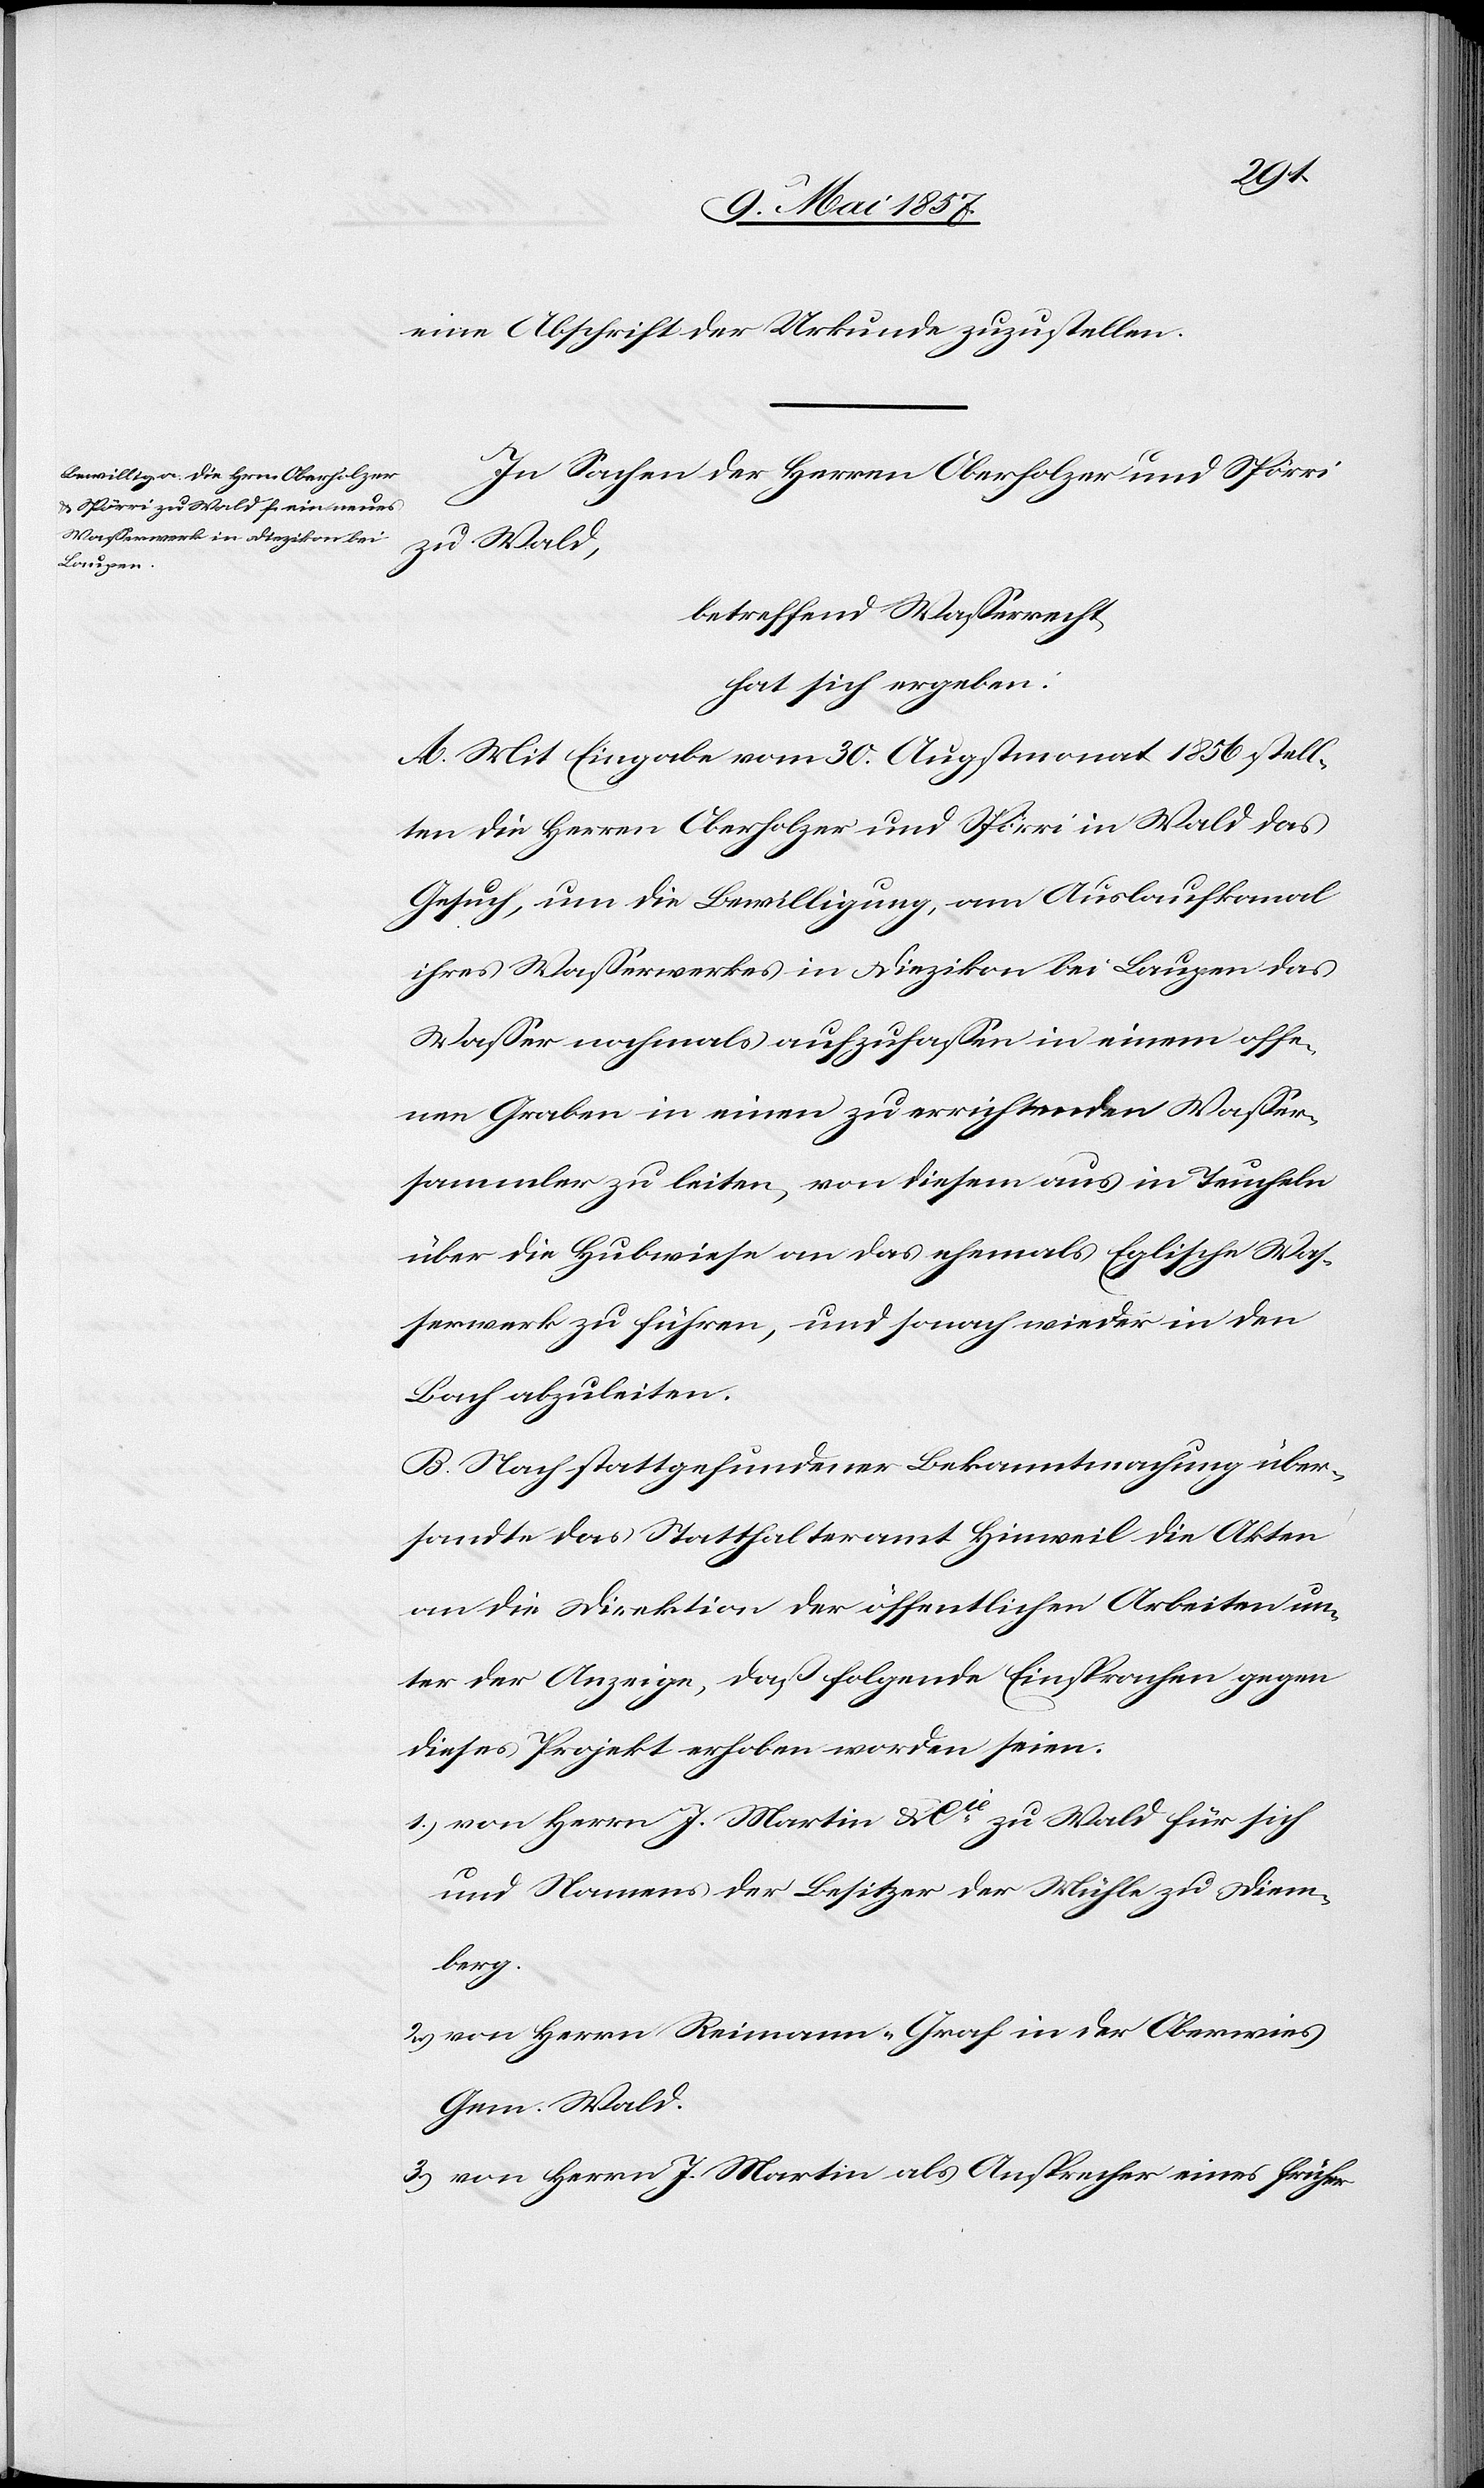
eine Abschrift der Urkunde zuzustellen.
In Sachen der Herren Oberholzer und Spörri
zu Wald,
betreffend Wasserrecht,
hat sich ergeben:
A. Mit Eingabe vom 30 Augstmonat 1856 stell¬
ten die Herren Oberholzer und Spörri in Wald das
Gesuch, um die Bewilligung, am Auslaufkanal
ihres Wasserwerkes in Diezikon bei Laupen das
Wasser nochmals aufzufassen in einem offe¬
nen Graben in einen zu errichtenden Wasser¬
sammler zu leiten, von diesem aus in Teucheln
über die Hubwiese an das ehemals Eglische Was¬
serwerk zu führen, und sonach wieder in den
Bach abzuleiten.
B. Nach stattgefundener Bekanntmachung über¬
sandte das Statthalteramt Hinweil die Akten
an die Direktion der öffentlichen Arbeiten un¬
ter der Anzeige, daß folgende Einsprachen gegen
dieses Projekt erhoben worden seien.
1.) von Herrn J. Martin u. Cie zu Wald für sich
und Namens der Besitzer der Mühle zu Diem¬
berg.
2.) von Herrn Reimann-Graf in der Oberwies
Gem. Wald.
3.) von Herrn J. Martin als Ansprecher eines früher